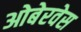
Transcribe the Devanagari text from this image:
ओबेरवेस